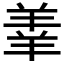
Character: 𫅓